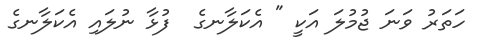
ހަތަރު ވަނަ ޖުމުލަ އަކީ " އެކަލާނގެ  ފުޅާ ނުލައި އެކަލާނގެ